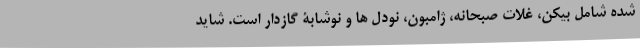
شده شامل بیکن، غلات صبحانه، ژامبون، نودل ها و نوشابۀ گازدار است. شاید